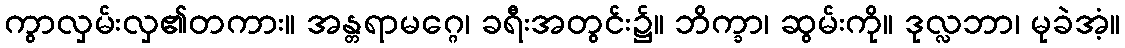
ကွာလှမ်းလှ၏တကား။ အန္တရာမဂ္ဂေ၊ ခရီးအတွင်း၌။ ဘိက္ခာ၊ ဆွမ်းကို။ ဒုလ္လဘာ၊ မုခဲအံ့။